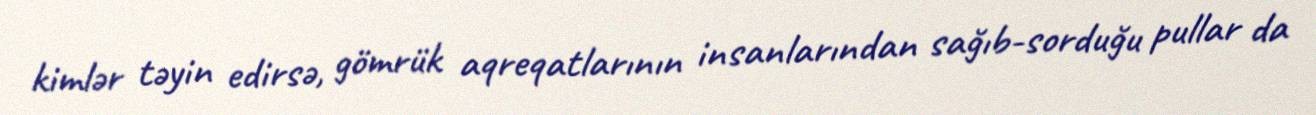
kimlər təyin edirsə, gömrük aqreqatlarının insanlarından sağıb-sorduğu pullar da